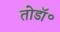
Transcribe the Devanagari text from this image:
तोडॉ॰